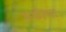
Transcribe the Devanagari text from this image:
रूढीचा